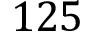
1 2 5